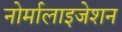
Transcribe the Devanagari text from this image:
नोर्मालाइजेशन